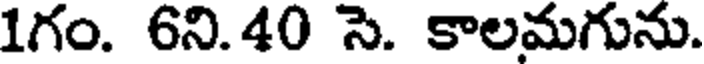
1గం. 6ని.40 సె. కాలమగును.